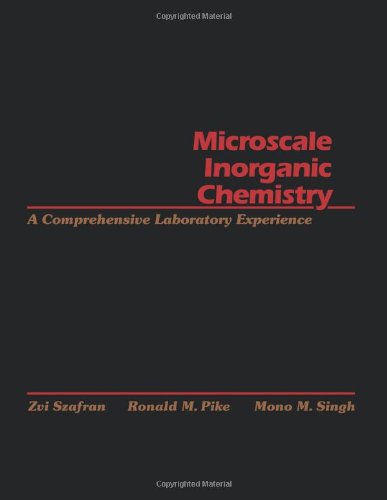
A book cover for Microscale Inorganic Chemistry: A Comprehensive Laboratory Experience; Zvi Szafran; Science & Math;